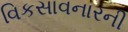
વિકસાવનારની